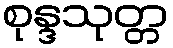
စုန္ဒသုတ္တ